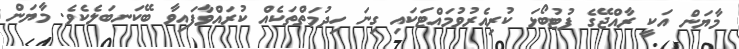
މާޔަން އަކީ ރާއްޖޭގެ ފުޓުބޯޅަ ކުރިއެރުވުމައްޓަކައި ގިނަ ހިދުމަތްތަކެއް ކުރައްވާފައިވާ ބޭކަނބަލެކެވެ. މާޔަން